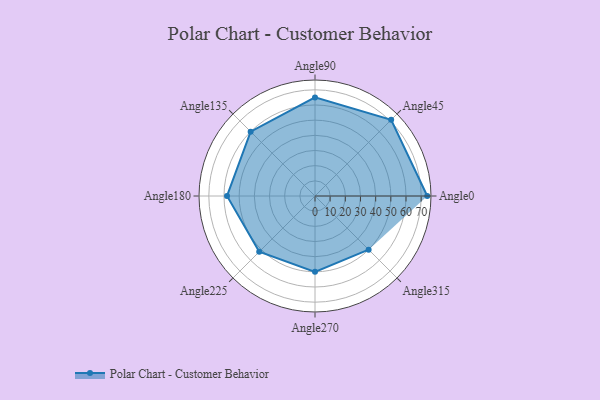
{"axis": {"x": "Angle", "y": "Radius"}, "legend": [""], "data": [{"x": "Angle0", "y": 74.0, "type": ""}, {"x": "Angle45", "y": 71.0, "type": ""}, {"x": "Angle90", "y": 65.0, "type": ""}, {"x": "Angle135", "y": 60.0, "type": ""}, {"x": "Angle180", "y": 58.0, "type": ""}, {"x": "Angle225", "y": 52.0, "type": ""}, {"x": "Angle270", "y": 50, "type": ""}, {"x": "Angle315", "y": 50, "type": ""}]}